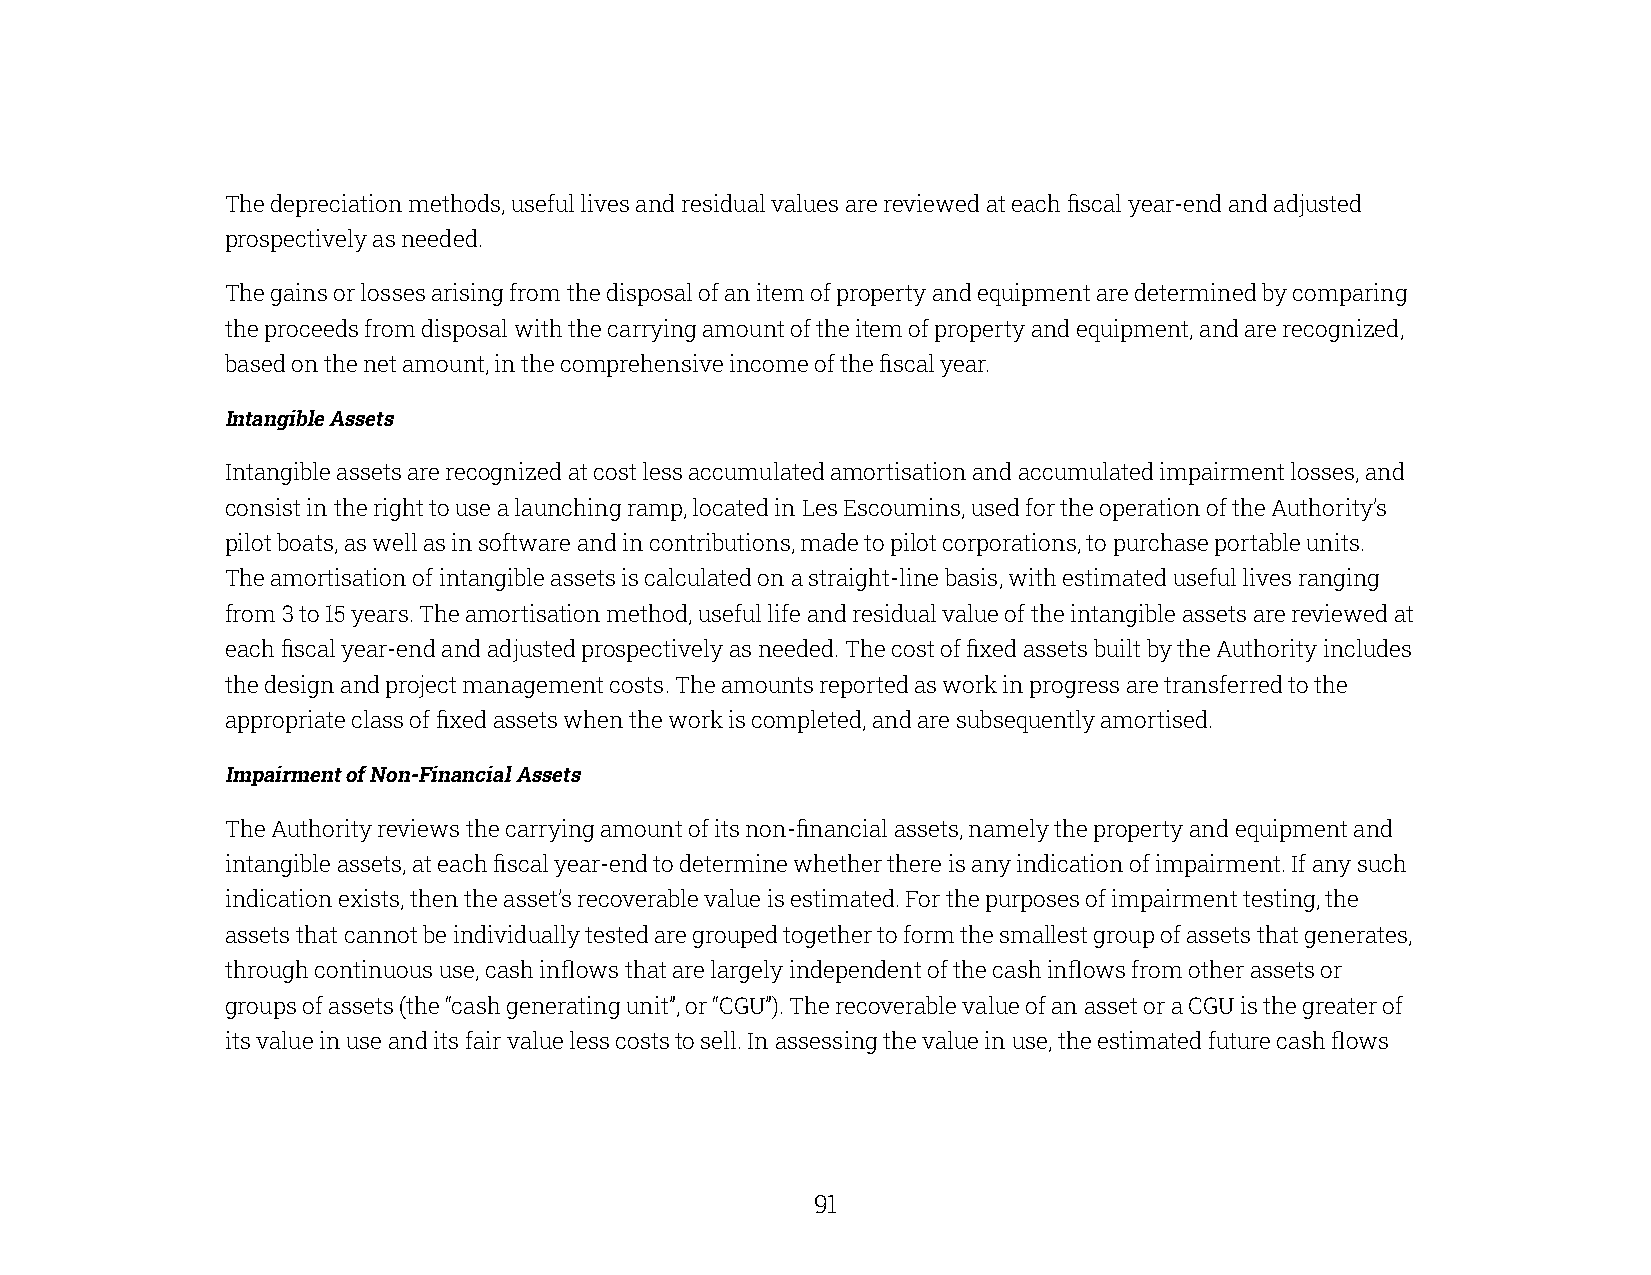
The depreciation methods, useful lives and residual values are reviewed at each fiscal year-end and adjusted
 prospectively as needed.
 The gains or losses arising from the disposal of an item of property and equipment are determined by comparing
 the proceeds from disposal with the carrying amount of the item of property and equipment, and are recognized,
 based on the net amount, in the comprehensive income of the fiscal year.
 Intangible Assets
 Intangible assets are recognized at cost less accumulated amortisation and accumulated impairment losses, and
 consist in the right to use a launching ramp, located in Les Escoumins, used for the operation of the Authority’s
 pilot boats, as well as in software and in contributions, made to pilot corporations, to purchase portable units.
 The amortisation of intangible assets is calculated on a straight-line basis, with estimated useful lives ranging
 from 3 to 15 years. The amortisation method, useful life and residual value of the intangible assets are reviewed at
 each fiscal year-end and adjusted prospectively as needed. The cost of fixed assets built by the Authority includes
 the design and project management costs. The amounts reported as work in progress are transferred to the
 appropriate class of fixed assets when the work is completed, and are subsequently amortised.
 Impairment of Non-Financial Assets
 The Authority reviews the carrying amount of its non-financial assets, namely the property and equipment and
 intangible assets, at each fiscal year-end to determine whether there is any indication of impairment. If any such
 indication exists, then the asset’s recoverable value is estimated. For the purposes of impairment testing, the
 assets that cannot be individually tested are grouped together to form the smallest group of assets that generates,
 through continuous use, cash inflows that are largely independent of the cash inflows from other assets or
 groups of assets (the “cash generating unit”, or “CGU”). The recoverable value of an asset or a CGU is the greater of
 its value in use and its fair value less costs to sell. In assessing the value in use, the estimated future cash flows
 90                                                    91